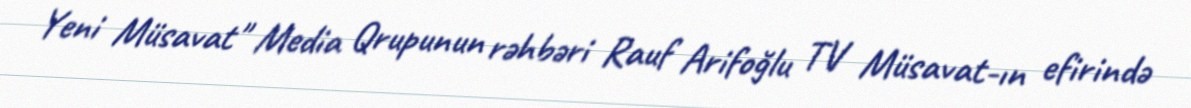
Yeni Müsavat" Media Qrupunun rəhbəri Rauf Arifoğlu TV Müsavat-ın efirində